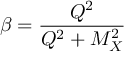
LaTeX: \beta = { \frac { Q ^ { 2 } } { Q ^ { 2 } + M _ { X } ^ { 2 } } }